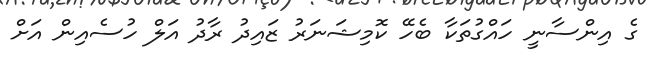
ގެ އިންސާނީ ހައްގުތަކާ ބެހޭ ކޮމިޝަނަރު ޒައިދު ރާދު އަލް ހުސެއިން އަށް